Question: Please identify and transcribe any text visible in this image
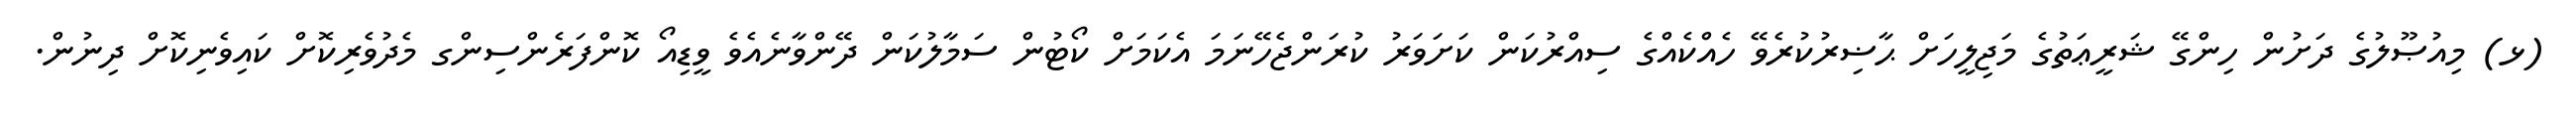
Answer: (ޅ) މިއުޞޫލުގެ ދަށުން ހިންގޭ ޝަރީޢަތުގެ މަޖިލީހަށް ޙާޟިރުކުރެވޭ ހެއްކެއްގެ ސިއްރުކަން ކަށަވަރު ކުރަންޖެހޭނަމަ އެކަމަށް ކޯޓުން ސަމާލުކަން ދޭންވާނެއެވެ ވީޑިއޯ ކޮންފަރެންސިންގ މެދުވެރިކޮށް ކައިވެނިކޮށް ދިނުން.